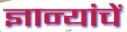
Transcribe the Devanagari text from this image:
ज्ञान्यांचें